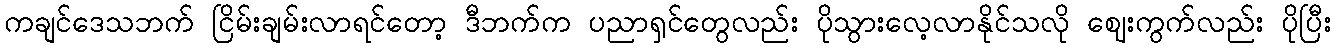
ကချင်ဒေသဘက် ငြိမ်းချမ်းလာရင်တော့ ဒီဘက်က ပညာရှင်တွေလည်း ပိုသွားလေ့လာနိုင်သလို ဈေးကွက်လည်း ပိုပြီး